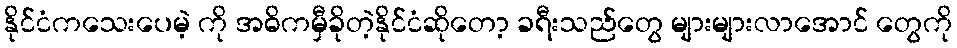
နိုင်ငံကသေးပေမဲ့ ကို အဓိကမှီခိုတဲ့နိုင်ငံဆိုတော့ ခရီးသည်တွေ များများလာအောင် တွေကို